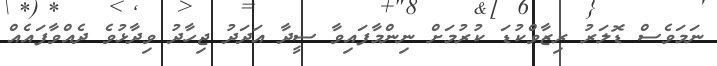
ނަމަވެސް ޑޮލަރު ރިޒާވްކުޑަ ކުރުމަށް ނިންމާފައިވާ ސީދާ އަދަދު ޖިހާދު ވިދާޅުވެ ދެއްވާފައެއް